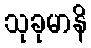
သုခုမာနိ